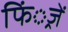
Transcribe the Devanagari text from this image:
फिं्रजें